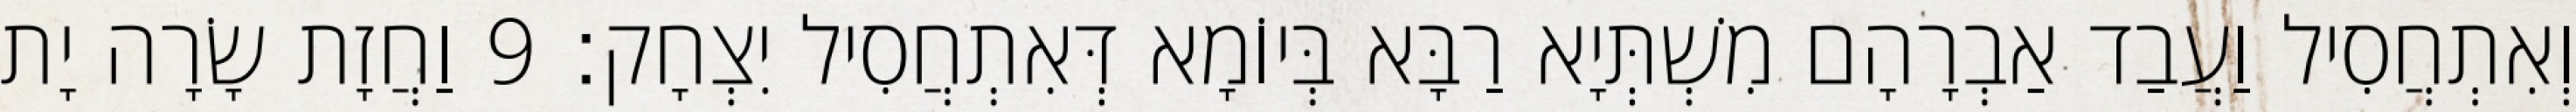
וְאִתְחֲסִיל וַעֲבַד אַבְרָהָם מִשְׁתְּיָא רַבָּא בְּיוֹמָא דְּאִתְחֲסִיל יִצְחָק׃ 9 וַחֲזָת שָׂרָה יָת